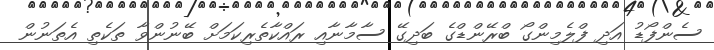
ސެންފޯޑު އަދި ފްލެމިންގޯ ބްރޭންޑްގެ ބަދިގޭ ސާމާނާއި ރައްކާތެރިކަމަށް ބޭނުންވާ ތަކެތި އެތަނުން